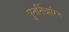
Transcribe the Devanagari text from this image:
पुनर्निधारित